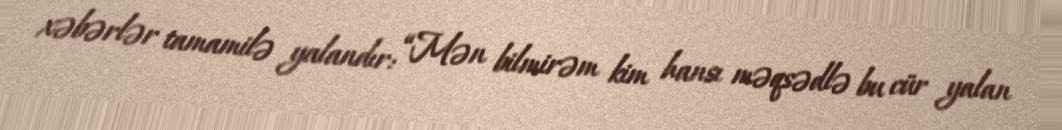
xəbərlər tamamilə yalandır: “Mən bilmirəm kim hansı məqsədlə bu cür yalan